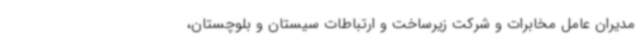
مدیران عامل مخابرات و شرکت زیرساخت و ارتباطات سیستان و بلوچستان،